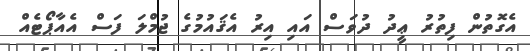
އެގޮތުން ފިތުރު ޢީދު ދުވަސް އައި އިރު އެޤައުމުގެ ޖުމްލަ ފަސް އެއާޕޯޓެއް